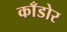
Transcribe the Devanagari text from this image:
काँडोर